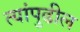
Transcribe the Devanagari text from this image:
त्यांपुढील